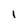
Character: i